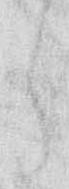
う